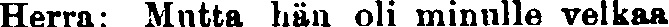
Herra: Mutta hän oli minulle velkaa